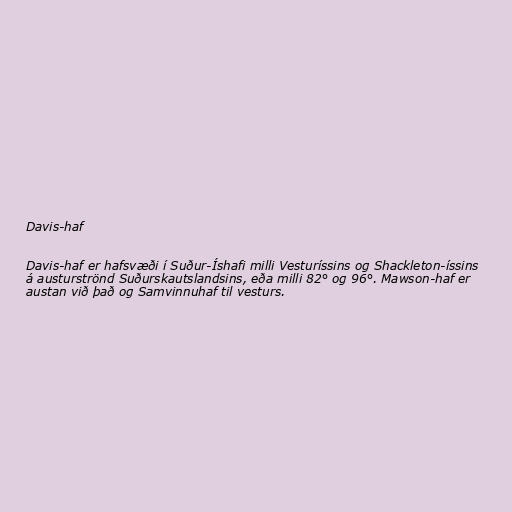
Davis-haf

Davis-haf er hafsvæði í Suður-Íshafi milli Vesturíssins og Shackleton-íssins
á austurströnd Suðurskautslandsins, eða milli 82° og 96°. Mawson-haf er
austan við það og Samvinnuhaf til vesturs.